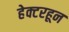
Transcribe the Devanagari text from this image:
हेक्टरहून